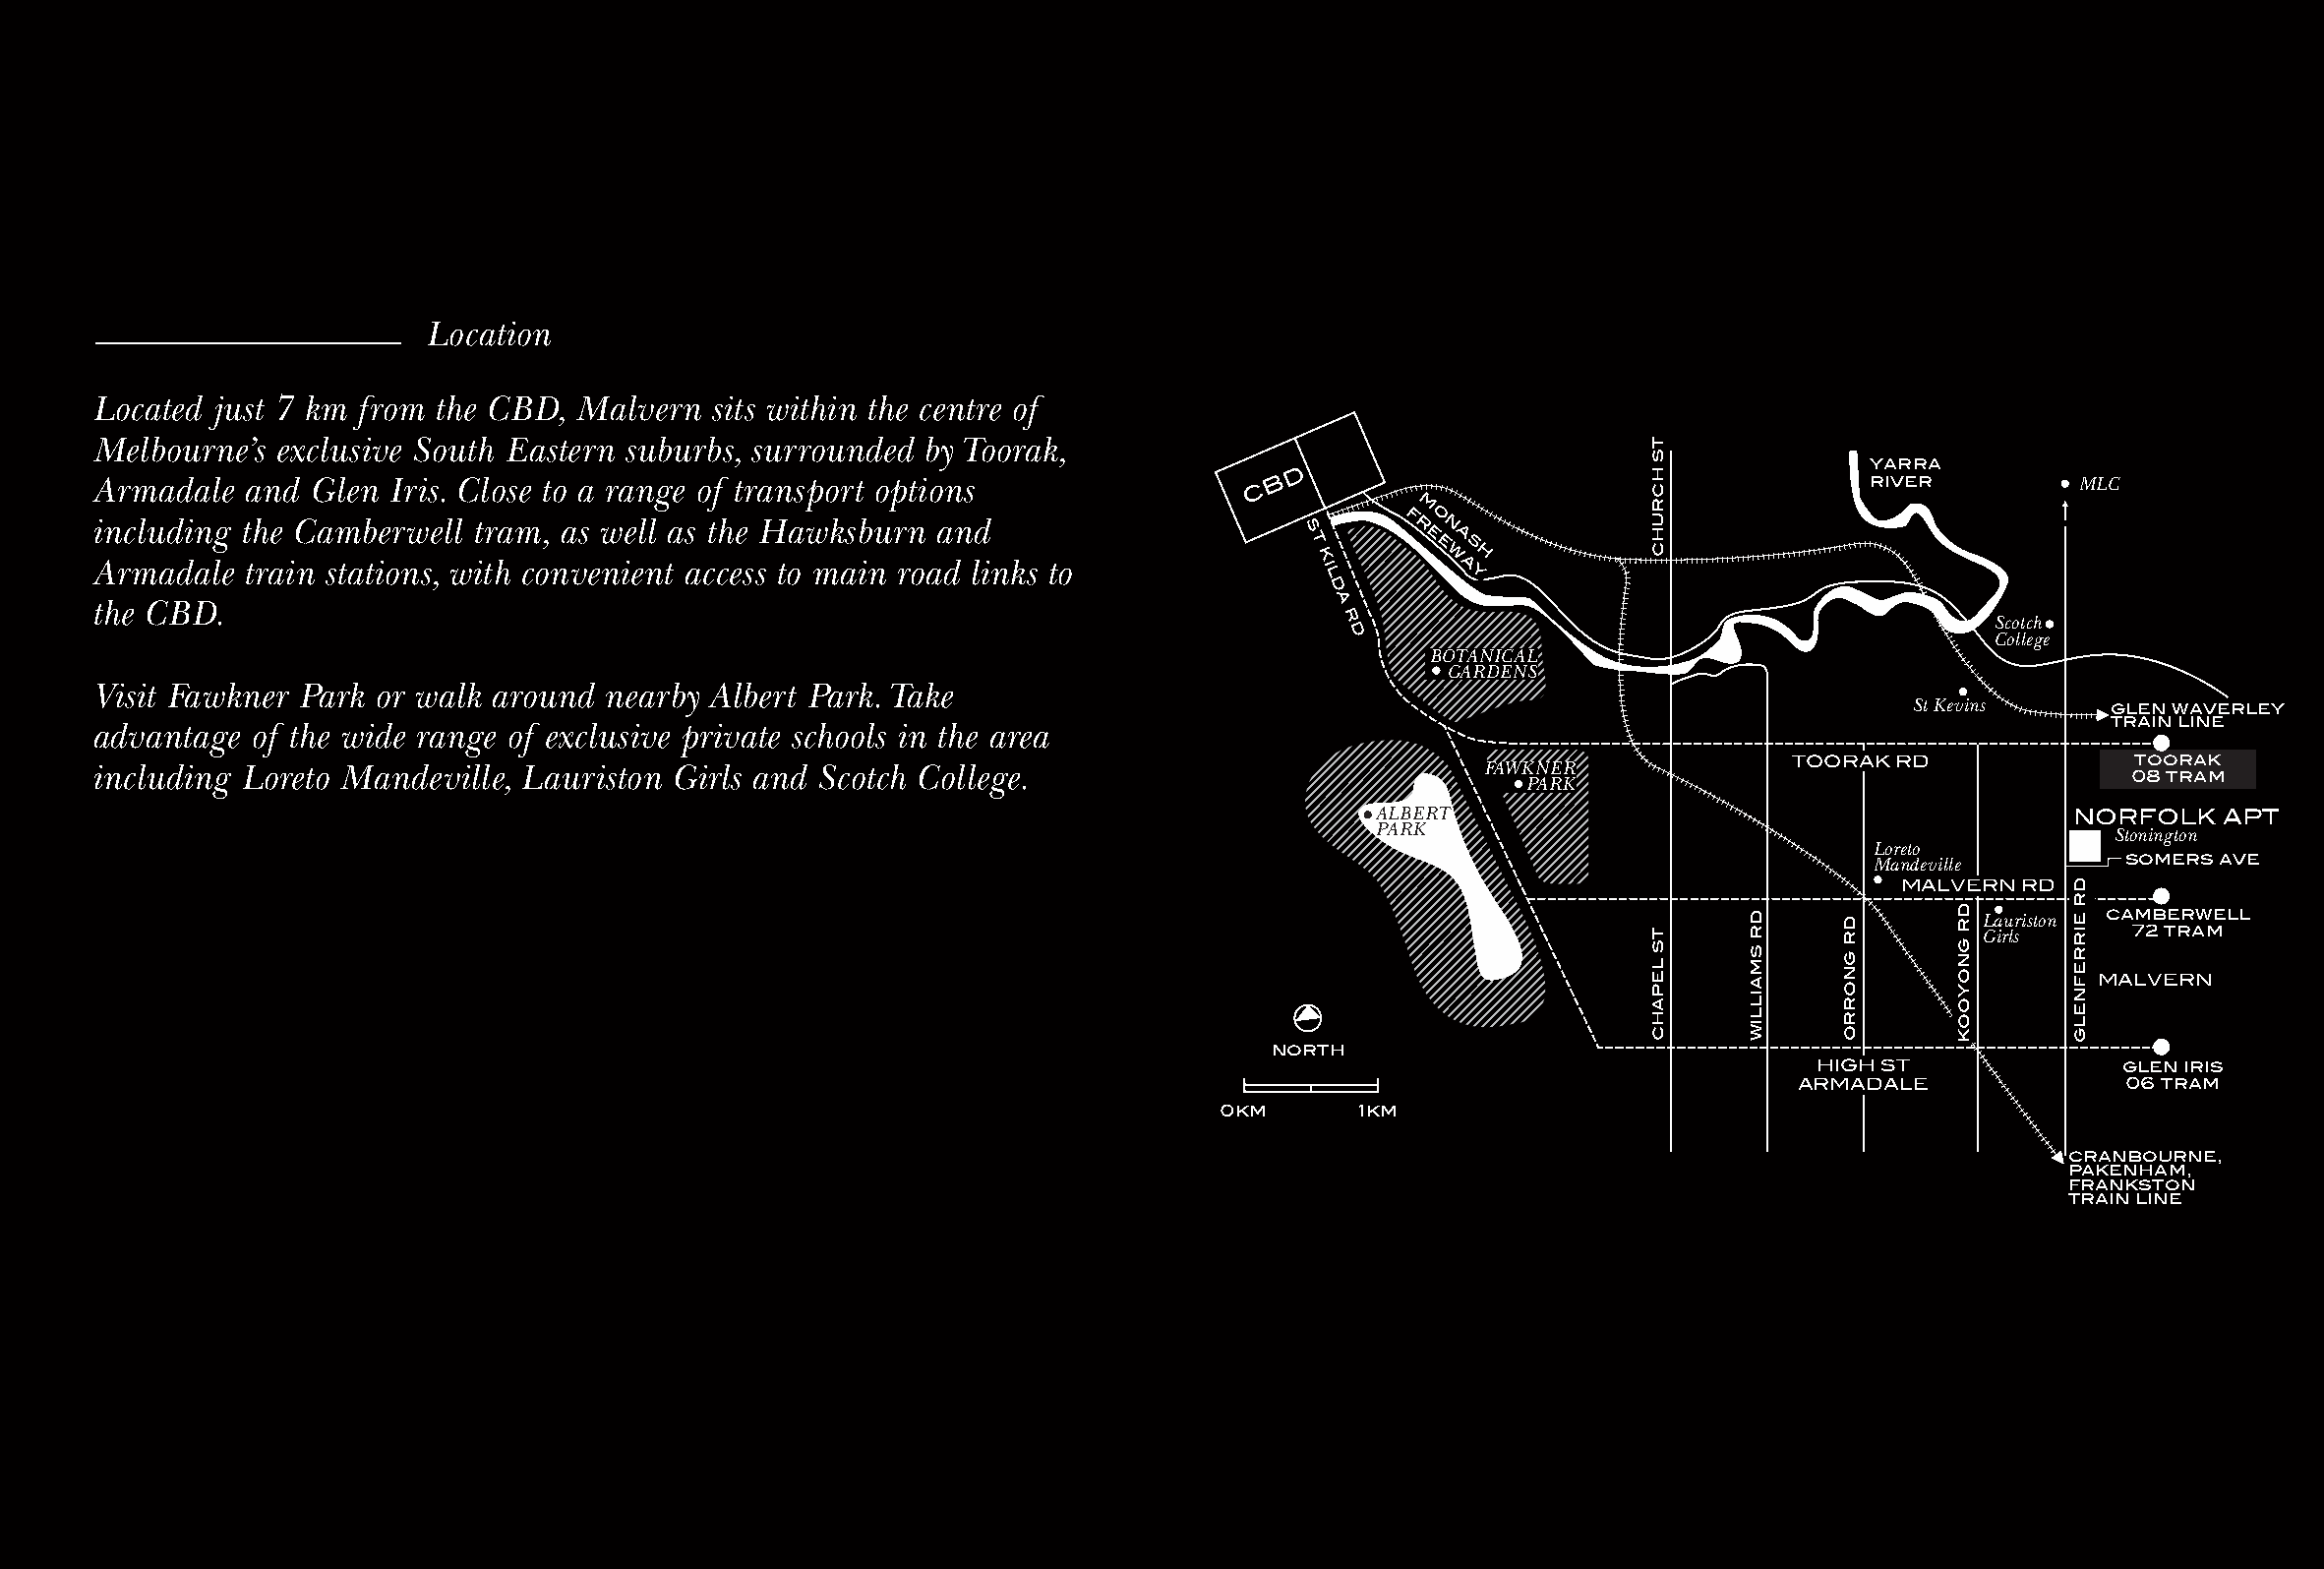
Location
 Located just 7 km from the CBD,  Malvern  sits within the centre of
 Melbourne’s  exclusive South Eastern suburbs, surrounded by Toorak,
 yarra
 D Armadale and Glen Iris. Close to a range of transport options C B river MLC
 m
 including the Camberwell  tram, as well as the Hawksburn and                      s     f ro n
 Armadale   train stations, with convenient access to main road links to
 t
 k
 i
 e e wa as
 h
 l         y
 d
 the CBD.                                                                            a
 r                                           Scotch
 d                                          College
 BOTANICAL
 GARDENS
 Visit Fawkner Park or walk around  nearby Albert Park. Take
 St Kevins    glen waverley
 train line
 advantage  of the wide range of exclusive private schools in the area
 TOORAK RD              toorak
 including Loreto Mandeville, Lauriston Girls and Scotch College.                              FAWKNER                                    08 tram
 PARK
 ALBERT                                        NORFOLK    APT
 PARK                                             Stonington
 Loreto
 Mandeville       somers ave
 MALVERN RD
 camberwell Lauriston
 Girls      72 tram
 MALVERN
 north
 HIGH ST              glen iris
 ARMADALE              06 tram
 0km      1km
 cranbourne,
 pakenham,
 frankston
 train line
 ts
 hcruhc
 ts
 lepahc
 dr
 smailliw
 dr
 gnorro
 dr
 gnoyook
 dr
 eirrefnelg